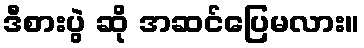
ဒီစားပွဲ ဆို အဆင်ပြေမလား။